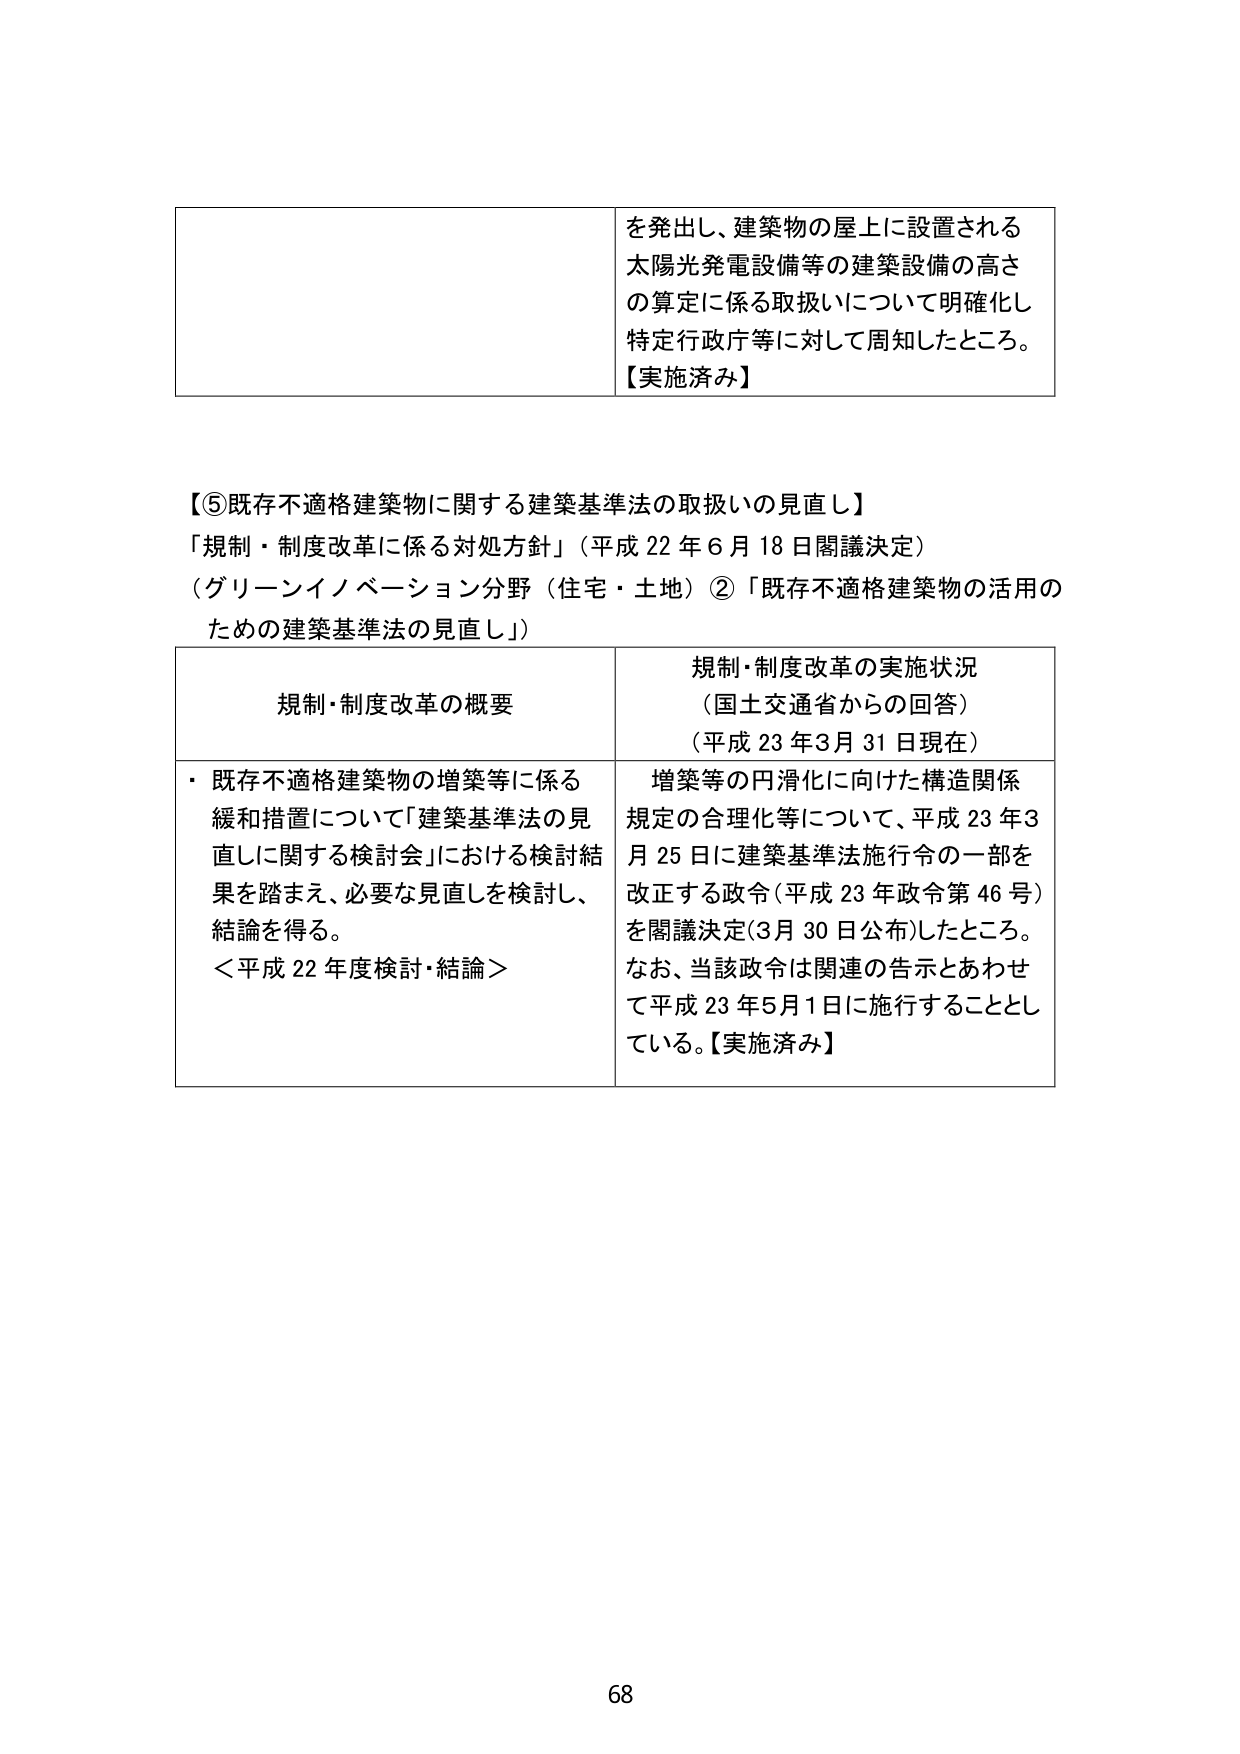
を発出し、建築物の屋上に設置される
太陽光発電設備等の建築設備の高さ
の算定に係る取扱いについて明確化し
特定行政庁等に対して周知したところ。
【実施済み】

【⑤既存不適格建築物に関する建築基準法の取扱いの見直し】
「規制・制度改革に係る対処方針」（平成22年6月18日閣議決定）
（グリーンイノベーション分野（住宅・土地）②「既存不適格建築物の活用の
ための建築基準法の見直し」）

規制・制度改革の概要
・既存不適格建築物の増築等に係る
緩和措置について「建築基準法の見
直しに関する検討会」における検討結
果を踏まえ、必要な見直しを検討し、
結論を得る。
＜平成22年度検討・結論＞

規制・制度改革の実施状況
（国土交通省からの回答）
（平成23年3月31日現在）
増築等の円滑化に向けた構造関係
規定の合理化等について、平成23年3
月25日に建築基準法施行令の一部を
改正する政令（平成23年政令第46号）
を閣議決定（3月30日公布）したところ。
なお、当該政令は関連の告示とあわせ
て平成23年5月1日に施行することとし
ている。【実施済み】

68